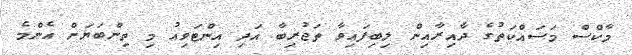
މާކްސް މަސައްކަތުގެ ދާއިރާއިން ލިބިފައިވާ ތަޖުރިބާ އަދި އިންޓަވިއު މި ތިންބަޔަށް އެންމެ